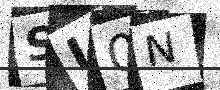
Text: SL0N